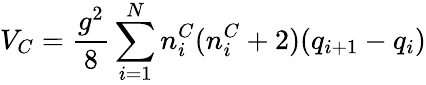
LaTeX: V_{C}=\frac{g^{2}}{8}\sum_{i=1}^{N}n_{i}^{C}(n_{i}^{C}+2)(q_{i+1}-q_{i})